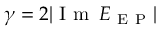
\gamma = 2 | \mathrm { ~ I ~ m ~ } \, E _ { \mathrm { ~ E ~ P ~ } } |